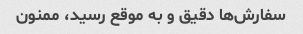
سفارش‌ها دقیق و به موقع رسید، ممنون